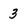
Character: 3